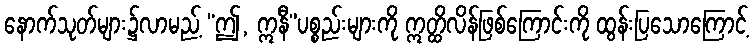
နောက်သုတ်များ၌လာမည့် “ဤ, ဣနီ”ပစ္စည်းများကို ဣတ္ထိလိန်ဖြစ်ကြောင်းကို ထွန်းပြသောကြောင့်